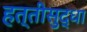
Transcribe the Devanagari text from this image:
हत्तीसुद्धा